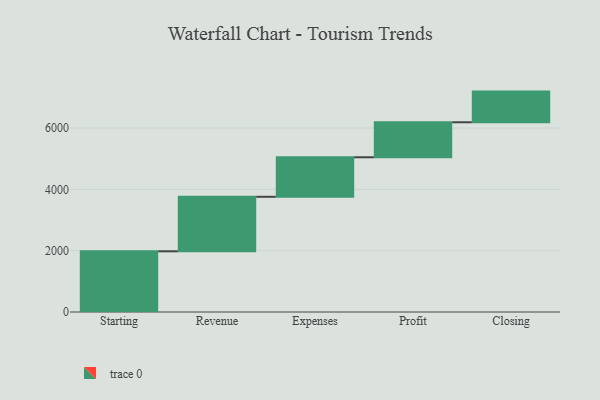
{"axis": {"x": "Step", "y": "Value"}, "legend": [""], "data": [{"x": "Starting", "y": 1980.0, "type": ""}, {"x": "Revenue", "y": 1778.0, "type": ""}, {"x": "Expenses", "y": 1289.0, "type": ""}, {"x": "Profit", "y": 1142.0, "type": ""}, {"x": "Closing", "y": 1000, "type": ""}]}